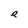
Character: R